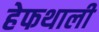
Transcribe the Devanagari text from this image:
हेफथाली